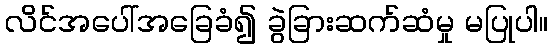
လိင်အပေါ်အခြေခံ၍ ခွဲခြားဆက်ဆံမှု မပြုပါ။